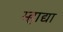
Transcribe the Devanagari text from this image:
म्हाद्या